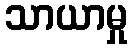
သာယာမှု